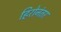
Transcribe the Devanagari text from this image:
हिरोनंतर